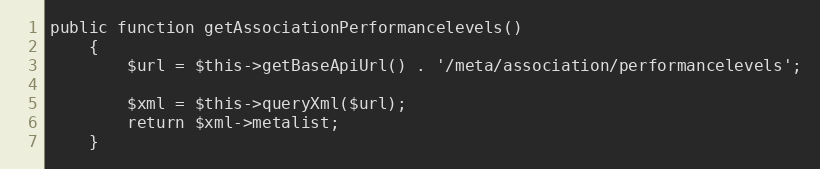
Language: PHP
public function getAssociationPerformancelevels()
    {
        $url = $this->getBaseApiUrl() . '/meta/association/performancelevels';

        $xml = $this->queryXml($url);
        return $xml->metalist;
    }